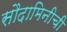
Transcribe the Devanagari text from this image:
सौदामिनीची